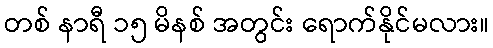
တစ် နာရီ ၁၅ မိနစ် အတွင်း ရောက်နိုင်မလား။